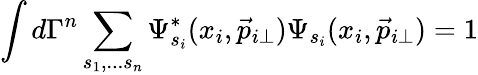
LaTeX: \int d\Gamma^{n}\sum_{s_{1},...s_{n}}\Psi_{s_{i}}^{\ast}(x_{i},\vec{p}_{i\perp})\Psi_{s_{i}}(x_{i},\vec{p}_{i\perp})=1